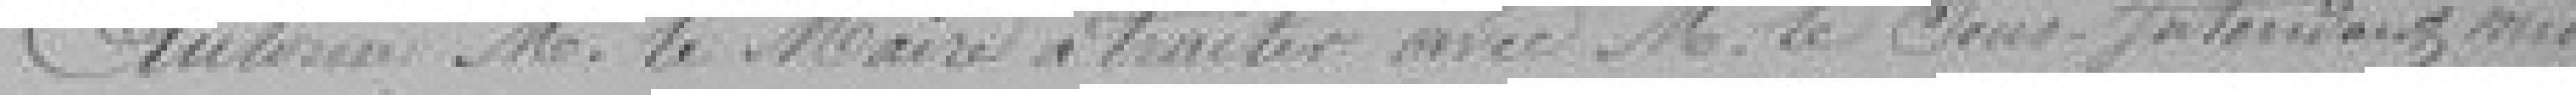
Autorisons M. Le Maire à traiter avec M. Le Sous-Intendant mili-